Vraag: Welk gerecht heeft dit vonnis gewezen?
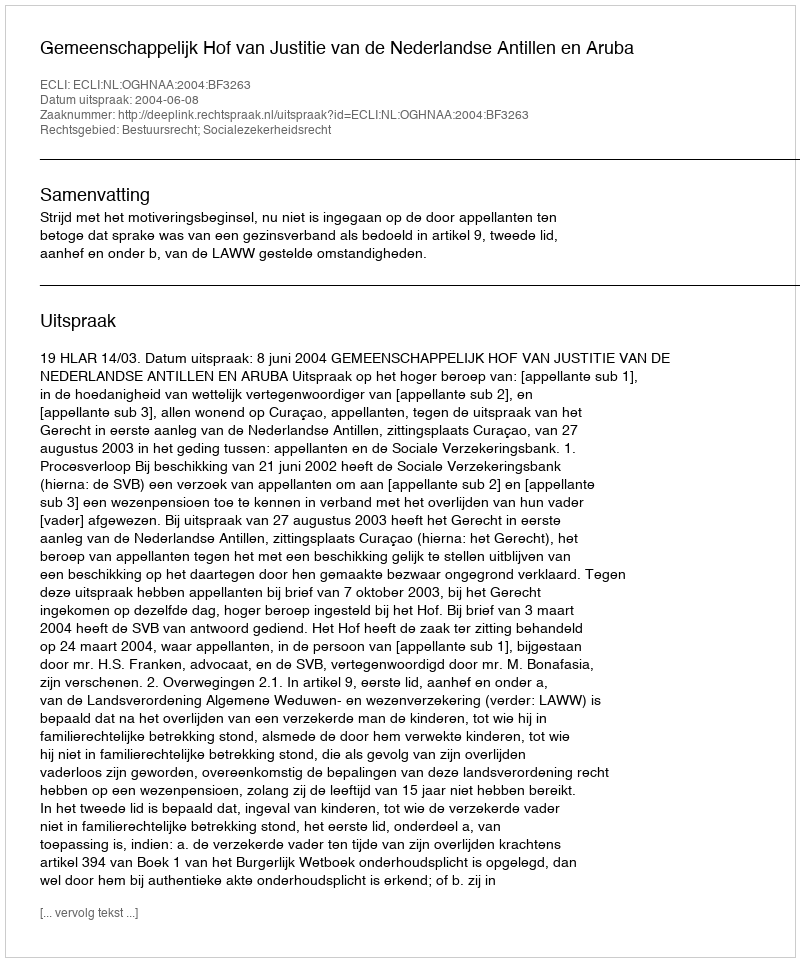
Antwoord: Gemeenschappelijk Hof van Justitie van de Nederlandse Antillen en Aruba